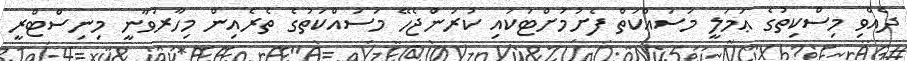
ދެއްވި މިސްކިތުގެ ޢަމަލީ މަސައްކަތް ފެށުމަށްޓަކައި ކުރަންޖެހޭ މަސައްކަތުގެ ތެރެއިން މިހާރުވާނީ މިނިސްޓްރީ